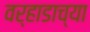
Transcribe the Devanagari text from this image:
वर्‍हाडाच्या